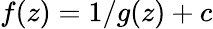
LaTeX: f(z)=1/g(z)+c